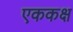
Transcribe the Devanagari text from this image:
एककक्ष